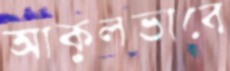
আকুলভাবে